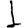
Digit: 1